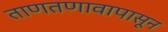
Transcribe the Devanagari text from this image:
ताणतणावापासून